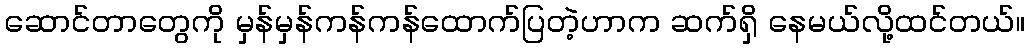
ဆောင်တာတွေကို မှန်မှန်ကန်ကန်ထောက်ပြတဲ့ဟာက ဆက်ရှိ နေမယ်လို့ထင်တယ်။